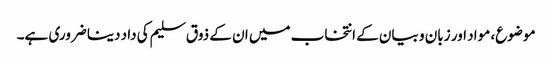
موضوع، مواد اور زبان و بیان کے انتخاب میں ان کے ذوق سلیم کی داد دینا ضروری ہے۔